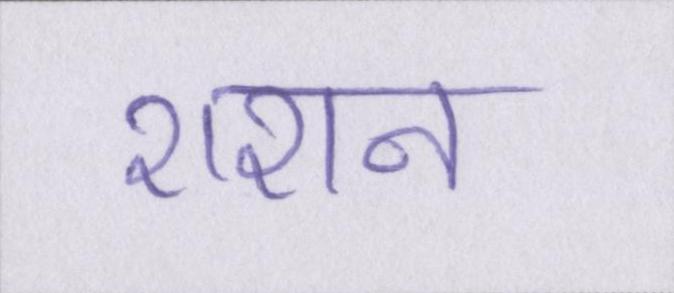
राशन